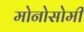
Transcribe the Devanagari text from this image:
मोनोसोमी